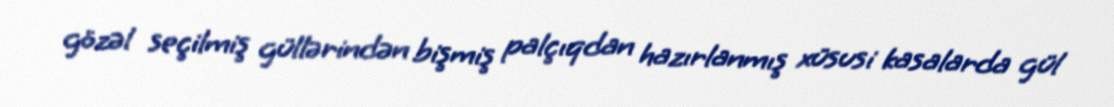
gözəl seçilmiş güllərindən bişmiş palçıqdan hazırlanmış xüsusi kasalarda gül